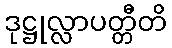
ဒုဋ္ဌုလ္လာပတ္တီတိ